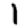
Digit: 1